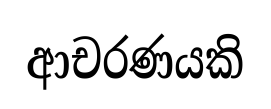
ආචරණයකි